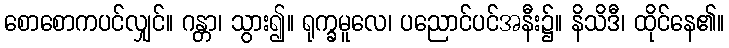
စောစောကပင်လျှင်။ ဂန္တာ၊ သွား၍။ ရုက္ခမူလေ၊ ပညောင်ပင်အနီး၌။ နိသိဒီ၊ ထိုင်နေ၏။